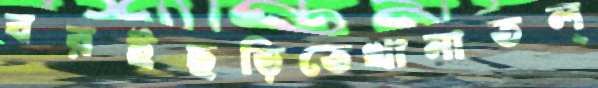
বরইছড়িতেখানাতল্